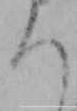
ち